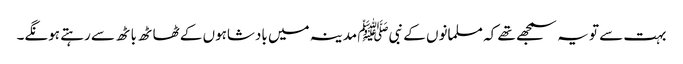
بہت سے تو یہ سمجھے تھے کہ مسلمانوں کے نبیﷺ مدینہ میں بادشاہوں کے ٹھاٹھ باٹھ سے رہتے ہونگے۔